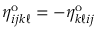
\eta _ { i j k \ell } ^ { \mathrm { o } } = - \eta _ { k \ell i j } ^ { \mathrm { o } }